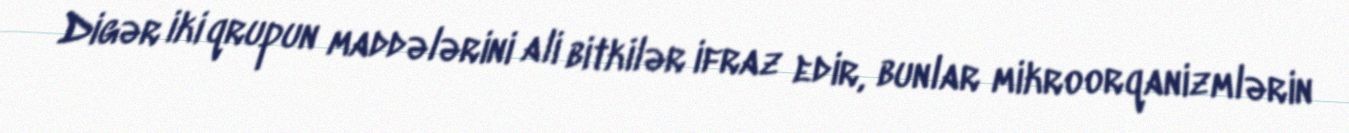
Digər iki qrupun maddələrini ali bitkilər ifraz edir, bunlar mikroorqanizmlərin